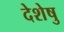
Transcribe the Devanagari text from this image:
देशेषु